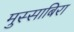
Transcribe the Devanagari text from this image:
मुस्साबिरा